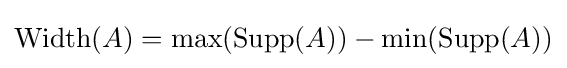
\operatorname {Width} (A)=\max(\operatorname {Supp} (A))-\min(\operatorname {Supp} (A))